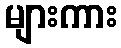
များကား